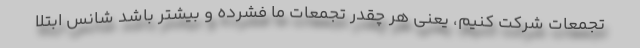
تجمعات شرکت کنیم، یعنی هر چقدر تجمعات ما فشرده و بیشتر باشد شانس ابتلا